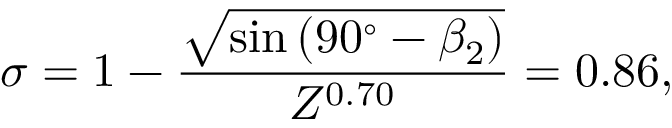
\sigma = 1 - \frac { \sqrt { \sin { ( 9 0 ^ { \circ } - \beta _ { 2 } ) } } } { Z ^ { 0 . 7 0 } } = 0 . 8 6 ,